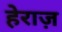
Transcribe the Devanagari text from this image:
हेराज़